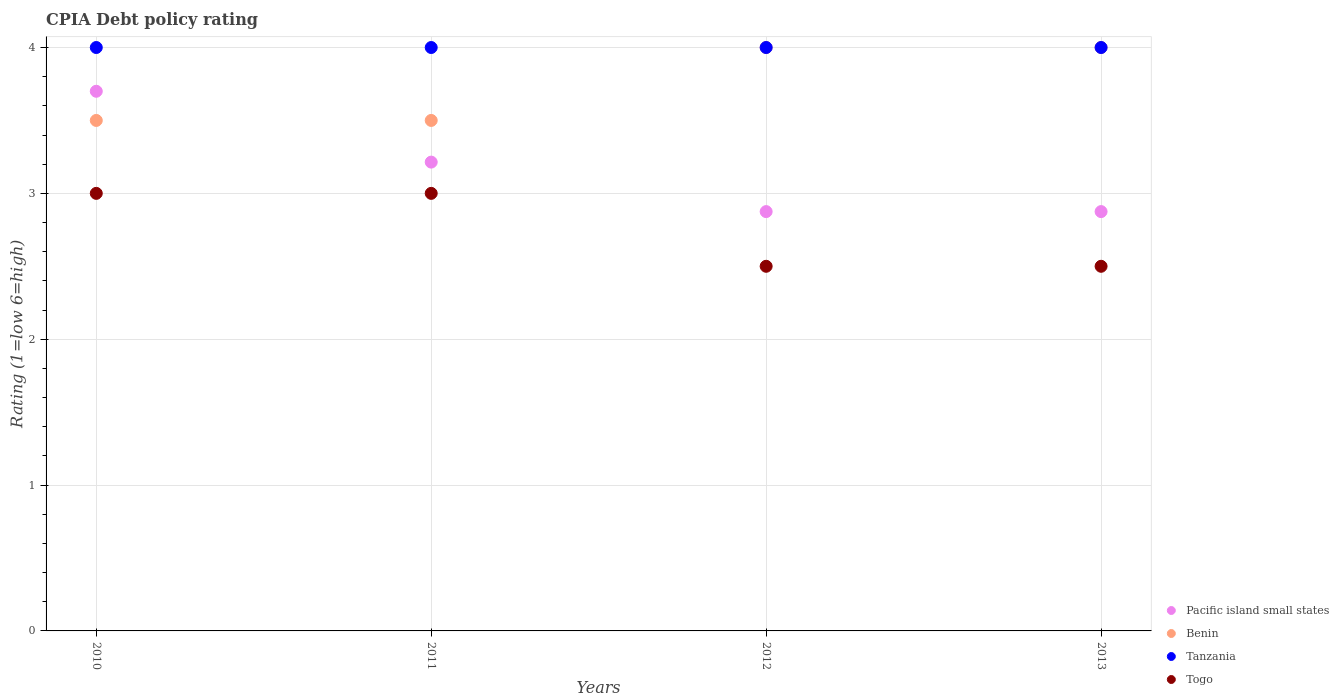
| Years | Pacific island small states | Benin | Tanzania | Togo |
 | --- | --- | --- | --- | --- |
 | 2010 | 3.7 | 3.5 | 4 | 3 |
 | 2011 | 3.21 | 3.5 | 4 | 3 |
 | 2012 | 2.88 | 4 | 4 | 2.5 |
 | 2013 | 2.88 | 4 | 4 | 2.5 |